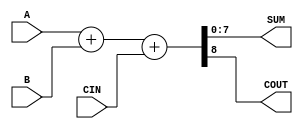
module ParametrizedAdder #(
    parameter WIDTH = 8  // Default width is set to 8 bits
)(
    input  wire [WIDTH-1:0] A,    // First operand
    input  wire [WIDTH-1:0] B,    // Second operand
    input  wire CIN,                // Carry-in (optional)
    output wire [WIDTH-1:0] SUM,   // Sum output
    output wire COUT                // Carry-out (optional)
);

    // Internal wire to hold the sum with carry
    wire [WIDTH:0] full_sum;

    // Perform the addition
    assign full_sum = {1'b0, A} + {1'b0, B} + CIN; // Extend A and B to WIDTH+1 for carry-out
    assign SUM = full_sum[WIDTH-1:0]; // Assign the lower WIDTH bits to SUM
    assign COUT = full_sum[WIDTH];     // Assign the carry-out bit

endmodule